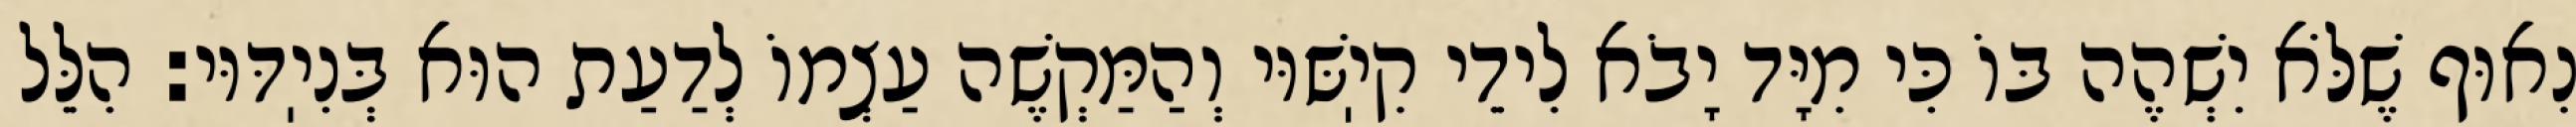
נִאוּף שֶׁלֹּא יִשְׁהֶה בּוֹ כִּי מִיָּד יָבֹא לִידֵי קִיֽשּׁוּי וְהַמַּקְשֶׁה עַצְמוֹ לְדַעַת הוּא בְּנִיֽדּוּי: הִלֵּל